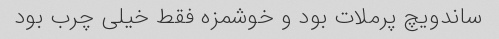
ساندویچ پرملات بود و خوشمزه فقط خیلی چرب بود